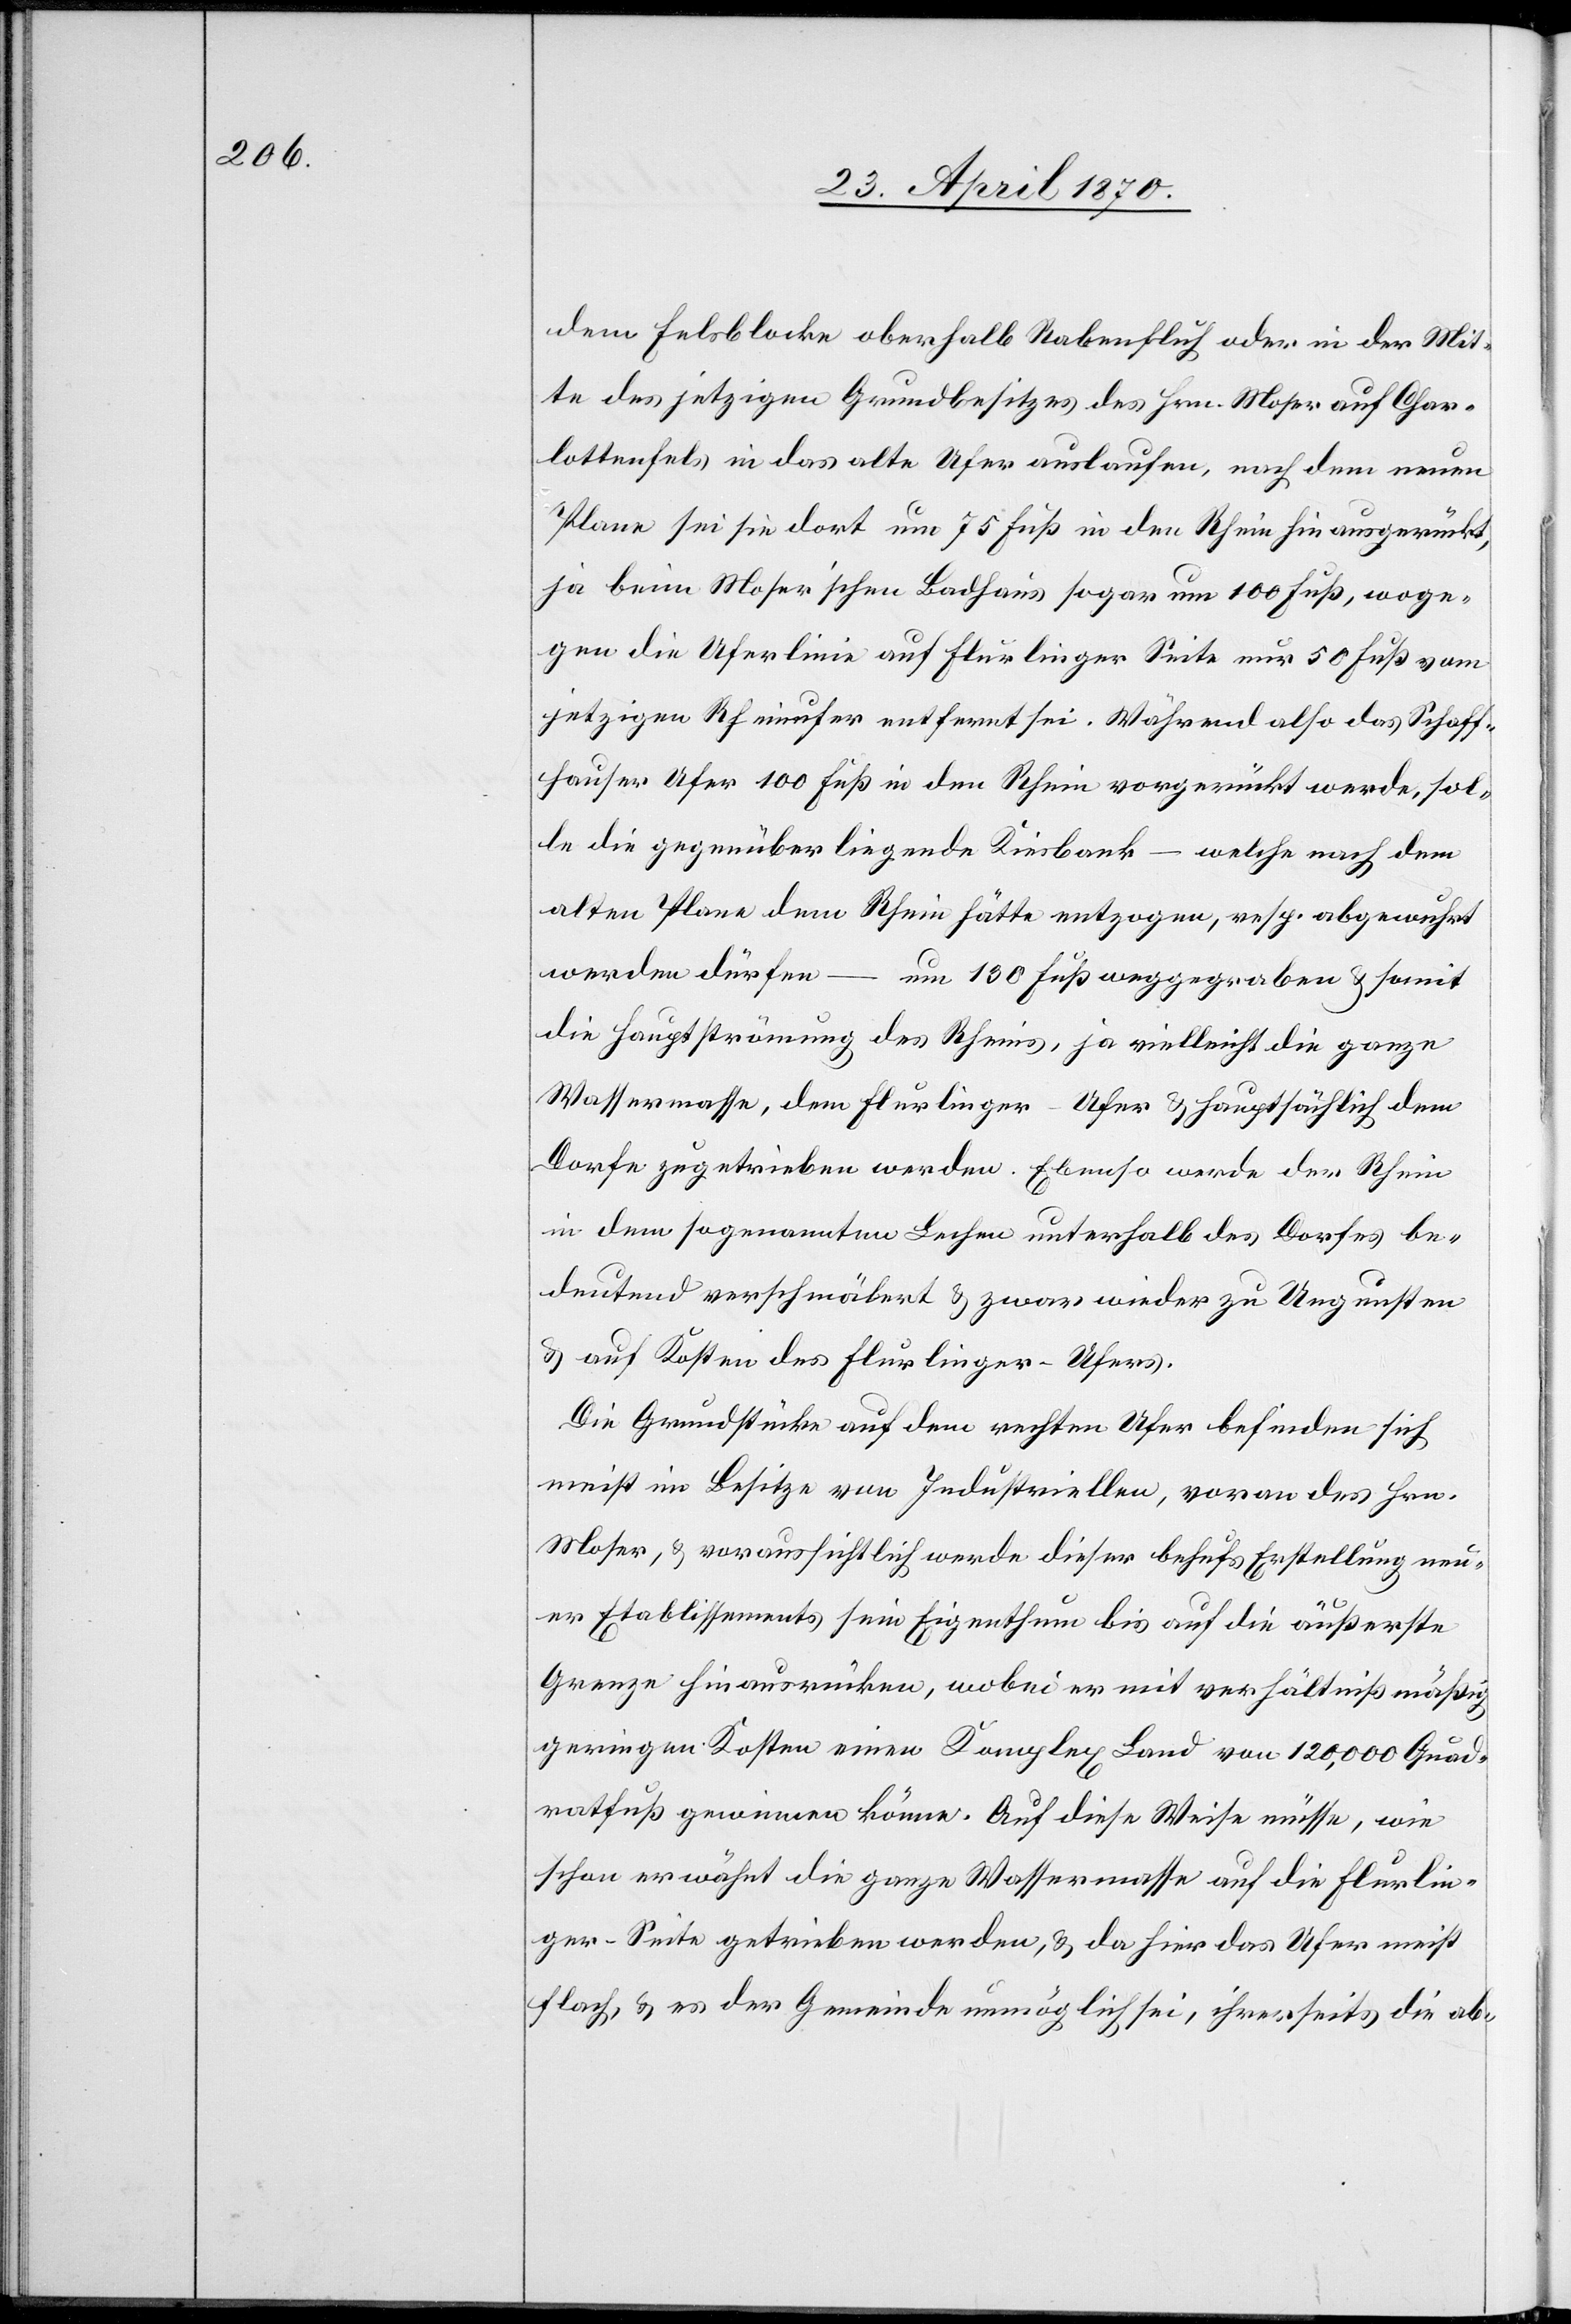
dem Felsblocke oberhalb Rabenfluh oder in der Mit¬
te des jetzigen Grundbesitzes des Hrn. Moser auf Char¬
lottenfels in das alte Ufer auslaufen, nach dem neuen
Plane sei sie dort um 75 Fuß in den Rhein hin ausgerückt,
ja beim Moser’schen Badhaus sogar um 100 Fuß, woge¬
gen die Uferlinie auf Flurlinger Seite nur 50 Fuß vom
jetzigen Rheinufer entfernt sei. Während also das Schaff¬
hauser Ufer 100 Fuß in den Rhein vorgerückt werde, sol¬
le die gegenüber liegende Kiesbank – welche nach dem
alten Plane dem Rhein hätte entzogen, resp. abgewuhrt
werden dürfen – um 130 Fuß weggegraben & somit
die Hauptströmung des Rheins, ja vielleicht die ganze
Wassermasse, dem Flurlinger-Ufer & hauptsächlich dem
Dorfe zugetrieben werden. Ebenso werde der Rhein
in dem sogenannten Lechen unterhalb des Dorfes be¬
deutend verschmälert & zwar wieder zu Ungunsten
& auf Kosten des Flurlinger-Ufers.
Die Grundstücke auf dem rechten Ufer befinden sich
meist im Besitze von Industriellen, voran des Hrn.
Moser, & voraussichtlich werde dieser behufs Erstellung neu¬
er Etablissements sein Eigenthum bis auf die äußerste
Grenze hinausrücken, wobei er mit verhältnißmäßig
geringen Kosten einen Komplex Land von 120,000 Quad¬
ratfuß gewinnen könne. Auf diese Weise müsse, wie
schon erwähnt die ganze Wassermasse auf die Flurlin¬
ger-Seite getrieben werden, & da hier das Ufer meist
flach, & es der Gemeinde unmöglich sei, ihrerseits die ab-